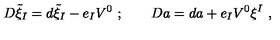
D \tilde { \xi } _ { I } = d \tilde { \xi } _ { I } - e _ { I } V ^ { 0 } \ ; \qquad D a = d a + e _ { I } V ^ { 0 } \xi ^ { I } \ ,